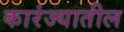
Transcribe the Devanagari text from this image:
कारंज्यातील